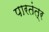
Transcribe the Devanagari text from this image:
पारतंत्र